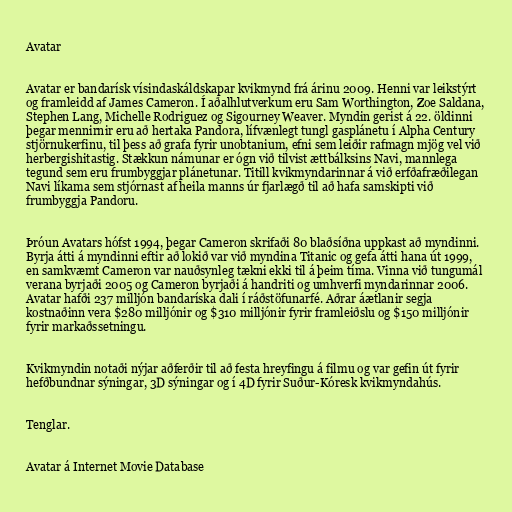
Avatar

Avatar er bandarísk vísindaskáldskapar kvikmynd frá árinu 2009. Henni var leikstýrt
og framleidd af James Cameron. Í aðalhlutverkum eru Sam Worthington, Zoe Saldana,
Stephen Lang, Michelle Rodriguez og Sigourney Weaver. Myndin gerist á 22. öldinni
þegar mennirnir eru að hertaka Pandora, lífvænlegt tungl gasplánetu í Alpha Century
stjörnukerfinu, til þess að grafa fyrir unobtanium, efni sem leiðir rafmagn mjög vel við
herbergishitastig. Stækkun námunar er ógn við tilvist ættbálksins Navi, mannlega
tegund sem eru frumbyggjar plánetunar. Titill kvikmyndarinnar á við erfðafræðilegan
Navi líkama sem stjórnast af heila manns úr fjarlægð til að hafa samskipti við
frumbyggja Pandoru.

Þróun Avatars hófst 1994, þegar Cameron skrifaði 80 blaðsíðna uppkast að myndinni.
Byrja átti á myndinni eftir að lokið var við myndina Titanic og gefa átti hana út 1999,
en samkvæmt Cameron var nauðsynleg tækni ekki til á þeim tíma. Vinna við tungumál
verana byrjaði 2005 og Cameron byrjaði á handriti og umhverfi myndarinnar 2006.
Avatar hafði 237 milljón bandaríska dali í ráðstöfunarfé. Aðrar áætlanir segja
kostnaðinn vera $280 milljónir og $310 milljónir fyrir framleiðslu og $150 milljónir
fyrir markaðssetningu.

Kvikmyndin notaði nýjar aðferðir til að festa hreyfingu á filmu og var gefin út fyrir
hefðbundnar sýningar, 3D sýningar og í 4D fyrir Suður-Kóresk kvikmyndahús.

Tenglar.

Avatar á Internet Movie Database